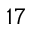
^ { 1 7 }